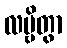
လမ္ဗိတွာ